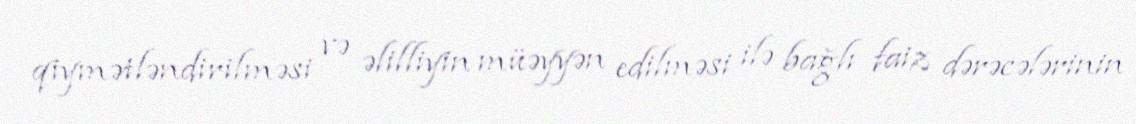
qiymətləndirilməsi və əlilliyin müəyyən edilməsi ilə bağlı faiz dərəcələrinin